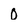
Character: 0